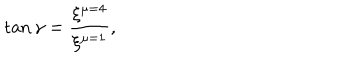
LaTeX: \tan \gamma = \frac { \xi ^ { \mu = 4 } } { \xi ^ { \mu = 1 } } ,